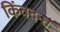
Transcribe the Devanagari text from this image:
किंवदन्त